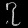
Digit: ၇